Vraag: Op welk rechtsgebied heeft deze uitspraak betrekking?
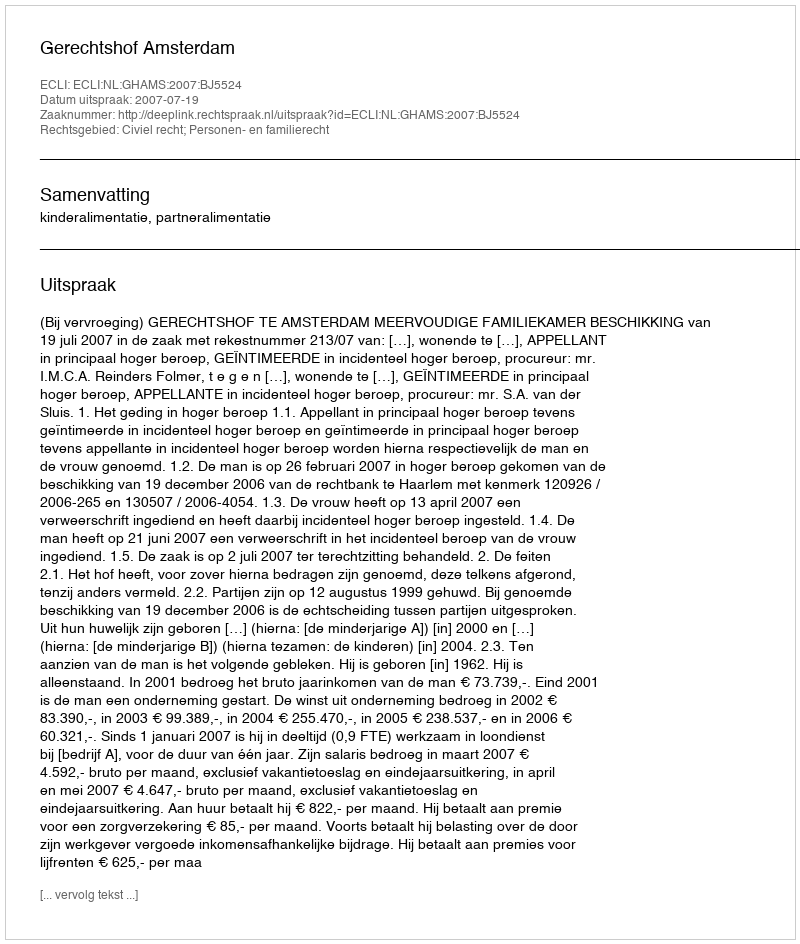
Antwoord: Civiel recht; Personen- en familierecht